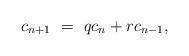
LaTeX: \begin{align*}c_{n+1} \ = \ q c_{n}+r c_{n-1},\end{align*}